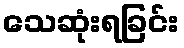
သေဆုံးရခြင်း